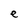
Character: e